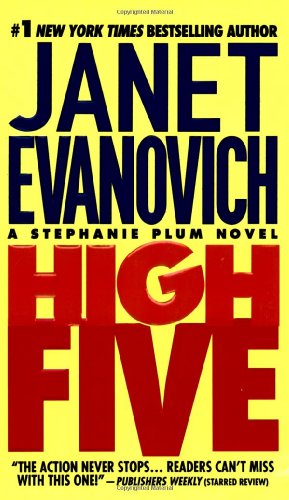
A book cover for High Five (Stephanie Plum, No. 5) (Stephanie Plum Novels); Janet Evanovich; Romance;